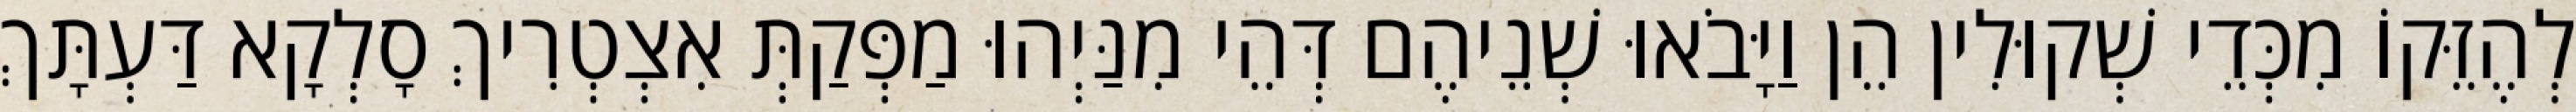
לְהֶזֵּקוֹ מִכְּדֵי שְׁקוּלִין הֵן וַיָּבֹאוּ שְׁנֵיהֶם דְּהֵי מִנַּיְהוּ מַפְּקַתְּ אִצְטְרִיךְ סָלְקָא דַּעְתָּךְ